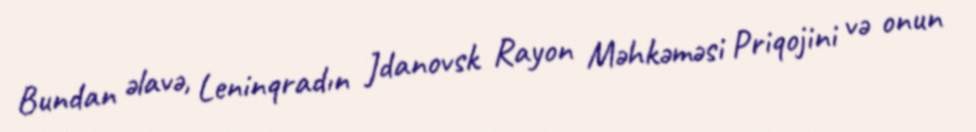
Bundan əlavə, Leninqradın Jdanovsk Rayon Məhkəməsi Priqojini və onun